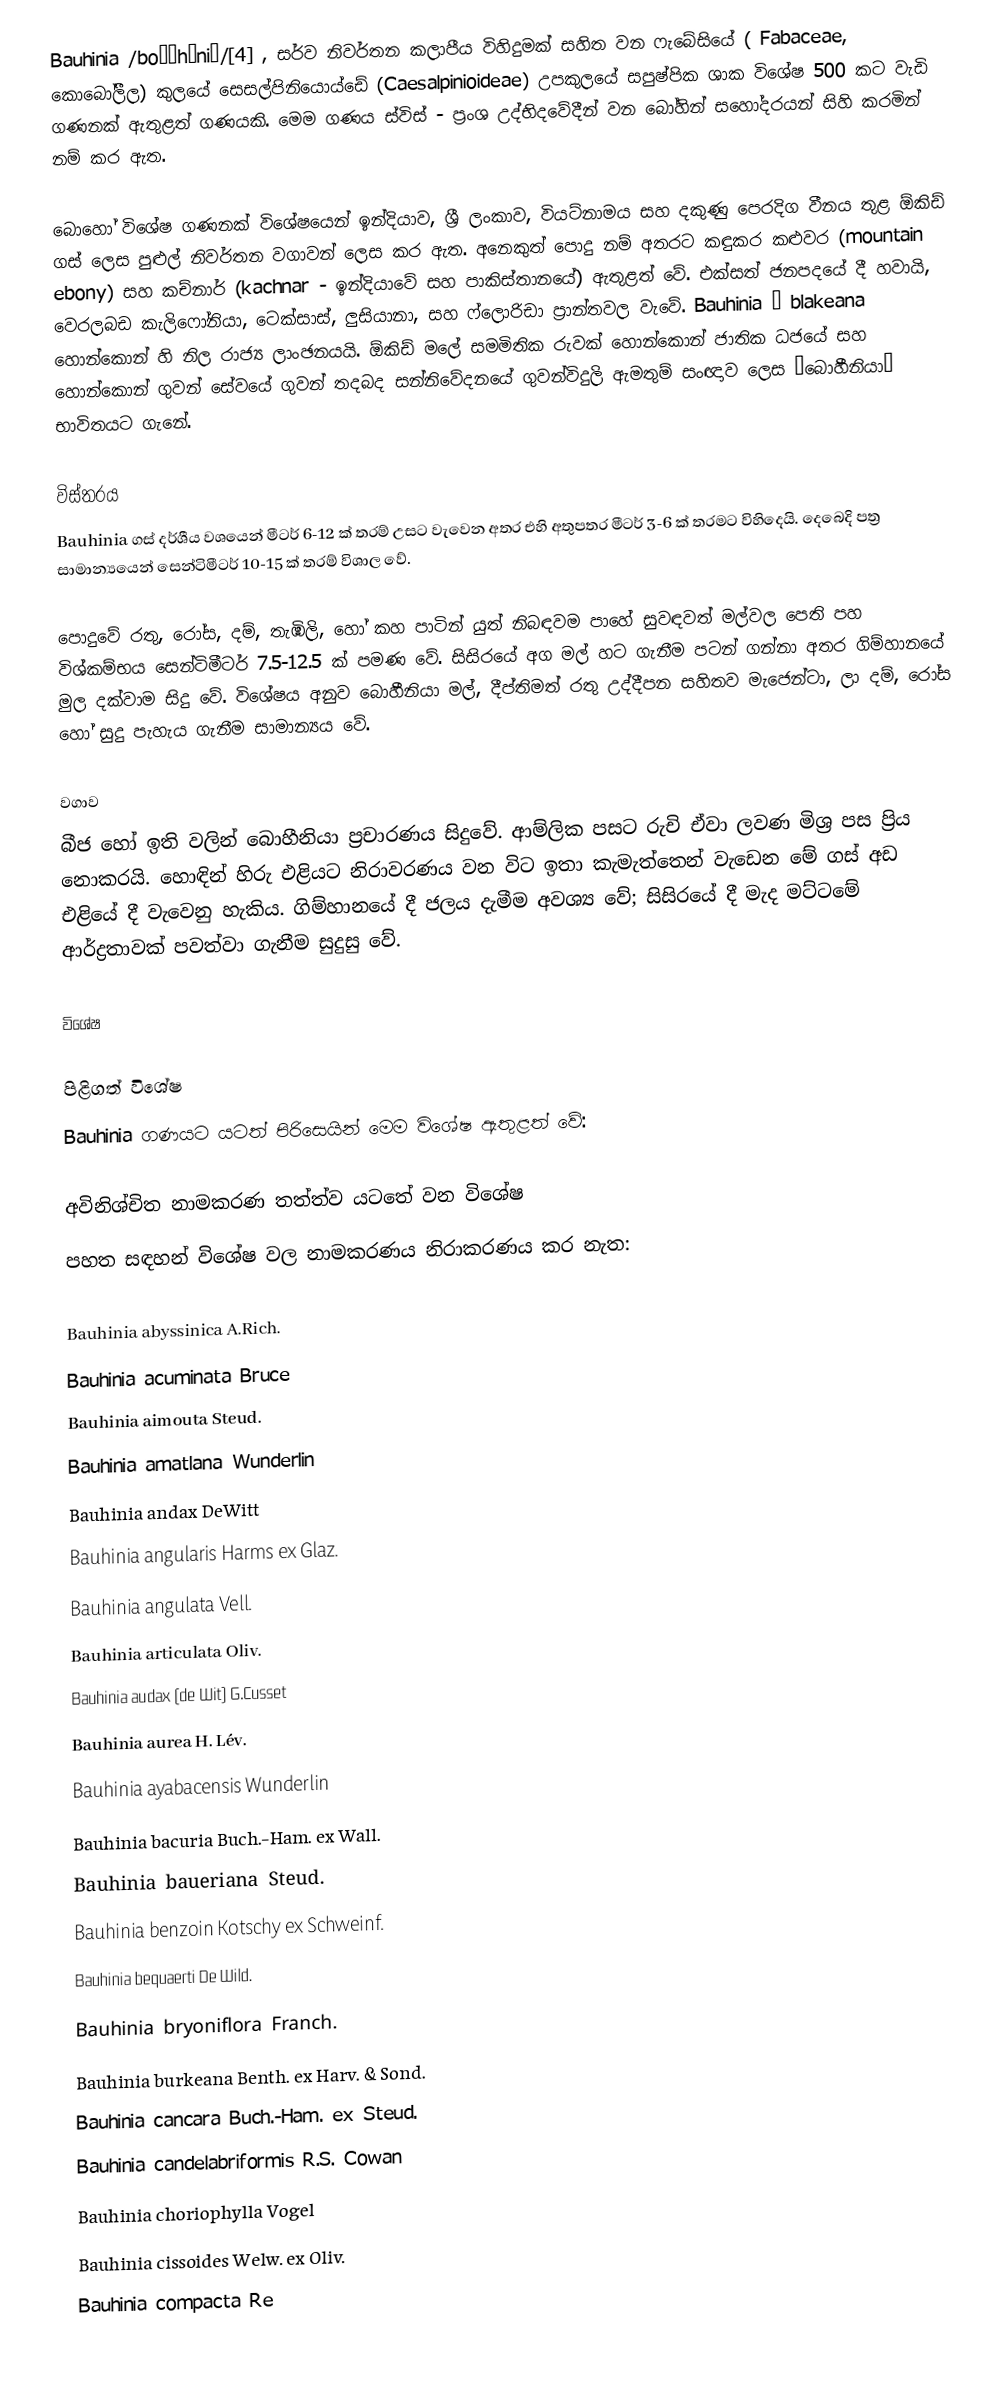
Bauhinia /boʊˈhɪniə/[4] , සර්ව නිවර්තන කලාපීය විහිදුමක් සහිත වන ෆැබේසියේ ( Fabaceae, කොබෝලීල) කුලයේ සෙසල්පිනියොය්ඩේ (Caesalpinioideae) උපකුලයේ සපුෂ්පික ශාක විශේෂ 500 කට වැඩි ගණනක් ඇතුළත් ගණයකි. මෙම ගණය ස්විස් - ප්‍රංශ උද්භිදවේදීන් වන බෝහින් සහෝදරයන් සිහි කරමින් නම් කර ඇත. 

බොහෝ විශේෂ ගණනක් විශේෂයෙන් ඉන්දියාව, ශ්‍රී ලංකාව, වියට්නාමය සහ දකුණු පෙරදිග වීනය තුළ ඕකිඩ් ගස් ලෙස පුළුල් නිවර්තන වගාවන් ලෙස කර ඇත. අනෙකුත් පොදු නම් අතරට කඳුකර කළුවර (mountain ebony) සහ කච්නාර් (kachnar - ඉන්දියාවේ සහ පාකිස්තානයේ) ඇතුළත් වේ. එක්සත් ජනපදයේ දී හවායි, වෙරලබඩ කැලිෆෝනියා, ටෙක්සාස්, ලුසියානා, සහ ෆ්ලොරිඩා ප්‍රාන්තවල වැවේ. Bauhinia × blakeana හොන්කොන් හි නිල රාජ්‍ය ලාංඡනයයි. ඕකිඩ් මලේ සමමිතික රුවක් හොන්කොන් ජාතික ධජයේ සහ හොන්කොන් ගුවන් සේවයේ ගුවන් තදබද සන්නිවේදනයේ ගුවන්විදුලි ඇමතුම් සංඥාව ලෙස “බොහීනියා“ භාවිතයට ගැනේ.

විස්තරය
Bauhinia ගස් දර්ශීය වශයෙන් මීටර් 6-12 ක් තරම් උසට වැවෙන අතර එහි අතුපතර මීටර් 3-6 ක් තරමට විහිදෙයි. දෙබෙදි පත්‍ර සාමාන්‍යයෙන් සෙන්ටිමීටර් 10-15 ක් තරම් විශාල වේ.

පොදුවේ රතු, රෝස, දම්, තැඹිලි, හෝ කහ පාටින් යුත් නිබඳවම පාහේ සුවඳවත් මල්වල පෙති පහ විශ්කම්භය සෙන්ටිමීටර් 7.5-12.5 ක් පමණ වේ. සිසිරයේ අග මල් හට ගැනීම පටන් ගන්නා අතර ගිම්හානයේ මුල දක්වාම සිදු වේ. විශේෂය අනුව බොහීනියා මල්, දීප්තිමත් රතු උද්දීපන සහිතව මැජෙන්ටා, ලා දම්, රෝස හෝ සුදු පැහැය ගැනීම සාමාන්‍යය වේ.

වගාව
බීජ හෝ ඉති වලින් බොහීනියා ප්‍රචාරණය සිදුවේ. ආම්ලික පසට රුචි ඒවා ලවණ මිශ්‍ර පස ප්‍රිය නොකරයි. හොඳින් හිරු එළියට නිරාවරණය වන විට ඉතා කැමැත්තෙන් වැඩෙන මේ ගස් අඩ එළියේ දී වැවෙනු හැකිය. ගිම්හානයේ දී ජලය දැමීම අවශ්‍ය වේ; සිසිරයේ දී මැද මට්ටමේ ආර්ද්‍රතාවක් පවත්වා ගැනීම සුදුසු වේ.

විශේෂ

පිළිගත් විශේෂ
Bauhinia ගණයට යටත් පිරිසෙයින් මෙම විශේෂ ඇතුළත් වේ:

අවිනිශ්චිත නාමකරණ තත්ත්ව යටතේ වන විශේෂ
පහත සඳහන් විශේෂ වල නාමකරණය නිරාකරණය කර නැත:

 Bauhinia abyssinica A.Rich.
 Bauhinia acuminata Bruce
 Bauhinia aimouta Steud.
 Bauhinia amatlana Wunderlin
 Bauhinia andax DeWitt
 Bauhinia angularis Harms ex Glaz.
 Bauhinia angulata Vell.
 Bauhinia articulata Oliv.
 Bauhinia audax (de Wit) G.Cusset
 Bauhinia aurea H. Lév.
 Bauhinia ayabacensis Wunderlin
 Bauhinia bacuria Buch.-Ham. ex Wall.
 Bauhinia baueriana Steud.
 Bauhinia benzoin Kotschy ex Schweinf.
 Bauhinia bequaerti De Wild.
 Bauhinia bryoniflora Franch.
 Bauhinia burkeana Benth. ex Harv. & Sond.
 Bauhinia cancara Buch.-Ham. ex Steud.
 Bauhinia candelabriformis R.S. Cowan
 Bauhinia choriophylla Vogel
 Bauhinia cissoides Welw. ex Oliv.
 Bauhinia compacta Re